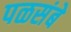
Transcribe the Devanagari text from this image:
पळसंबे